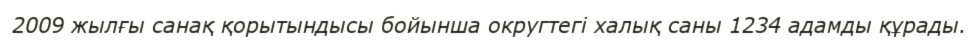
2009 жылғы санақ қорытындысы бойынша округтегі халық саны 1234 адамды құрады.